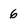
Character: 6